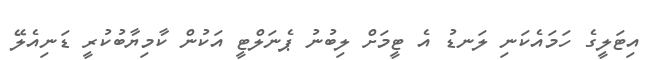
އިޓަލީގެ ހަމައެކަނި ލަނޑު އެ ޓީމަށް ލިބުނު ޕެނަލްޓީ އަކުން ކާމިޔާބުކުރީ ޑަނިއެލޭ